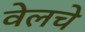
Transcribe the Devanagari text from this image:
वेलचे